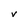
Character: V